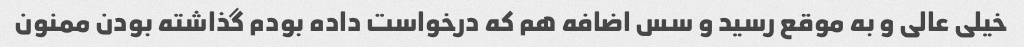
خیلی عالی و به موقع رسید و سس اضافه هم که درخواست داده بودم گذاشته بودن ممنون